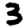
Digit: 3